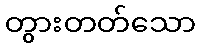
တွားတတ်သော